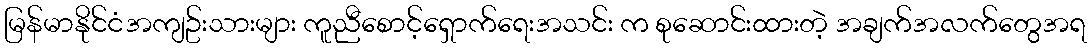
မြန်မာနိုင်ငံအကျဥ်းသားများ ကူညီစောင့်ရှောက်ရေးအသင်း က စုဆောင်းထားတဲ့ အချက်အလက်တွေအရ